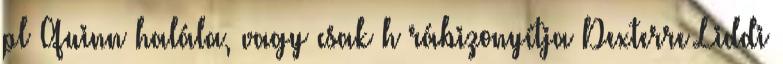
pl Quinn halála, vagy csak h rábizonyítja Dexterre Liddi